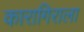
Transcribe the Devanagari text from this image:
कारागिराला